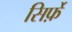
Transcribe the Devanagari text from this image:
सिर्फ़े